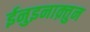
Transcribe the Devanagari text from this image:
ईनुइनाक़्तुन